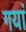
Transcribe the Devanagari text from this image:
गयां